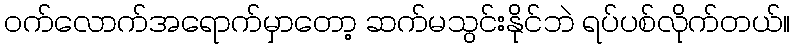
ဝက်လောက်အရောက်မှာတော့ ဆက်မသွင်းနိုင်ဘဲ ရပ်ပစ်လိုက်တယ်။